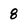
Character: 8